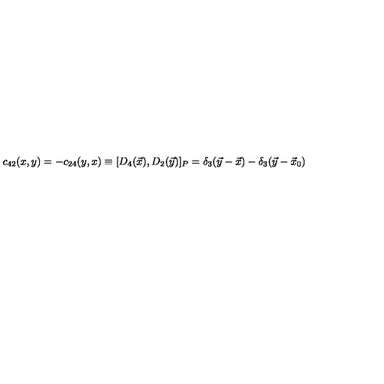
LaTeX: c _ { 4 2 } ( x , y ) = - c _ { 2 4 } ( y , x ) \equiv [ D _ { 4 } ( \vec { x } ) , D _ { 2 } ( \vec { y } ) ] _ { P } = \delta _ { 3 } ( \vec { y } - \vec { x } ) - \delta _ { 3 } ( \vec { y } - \vec { x } _ { 0 } )